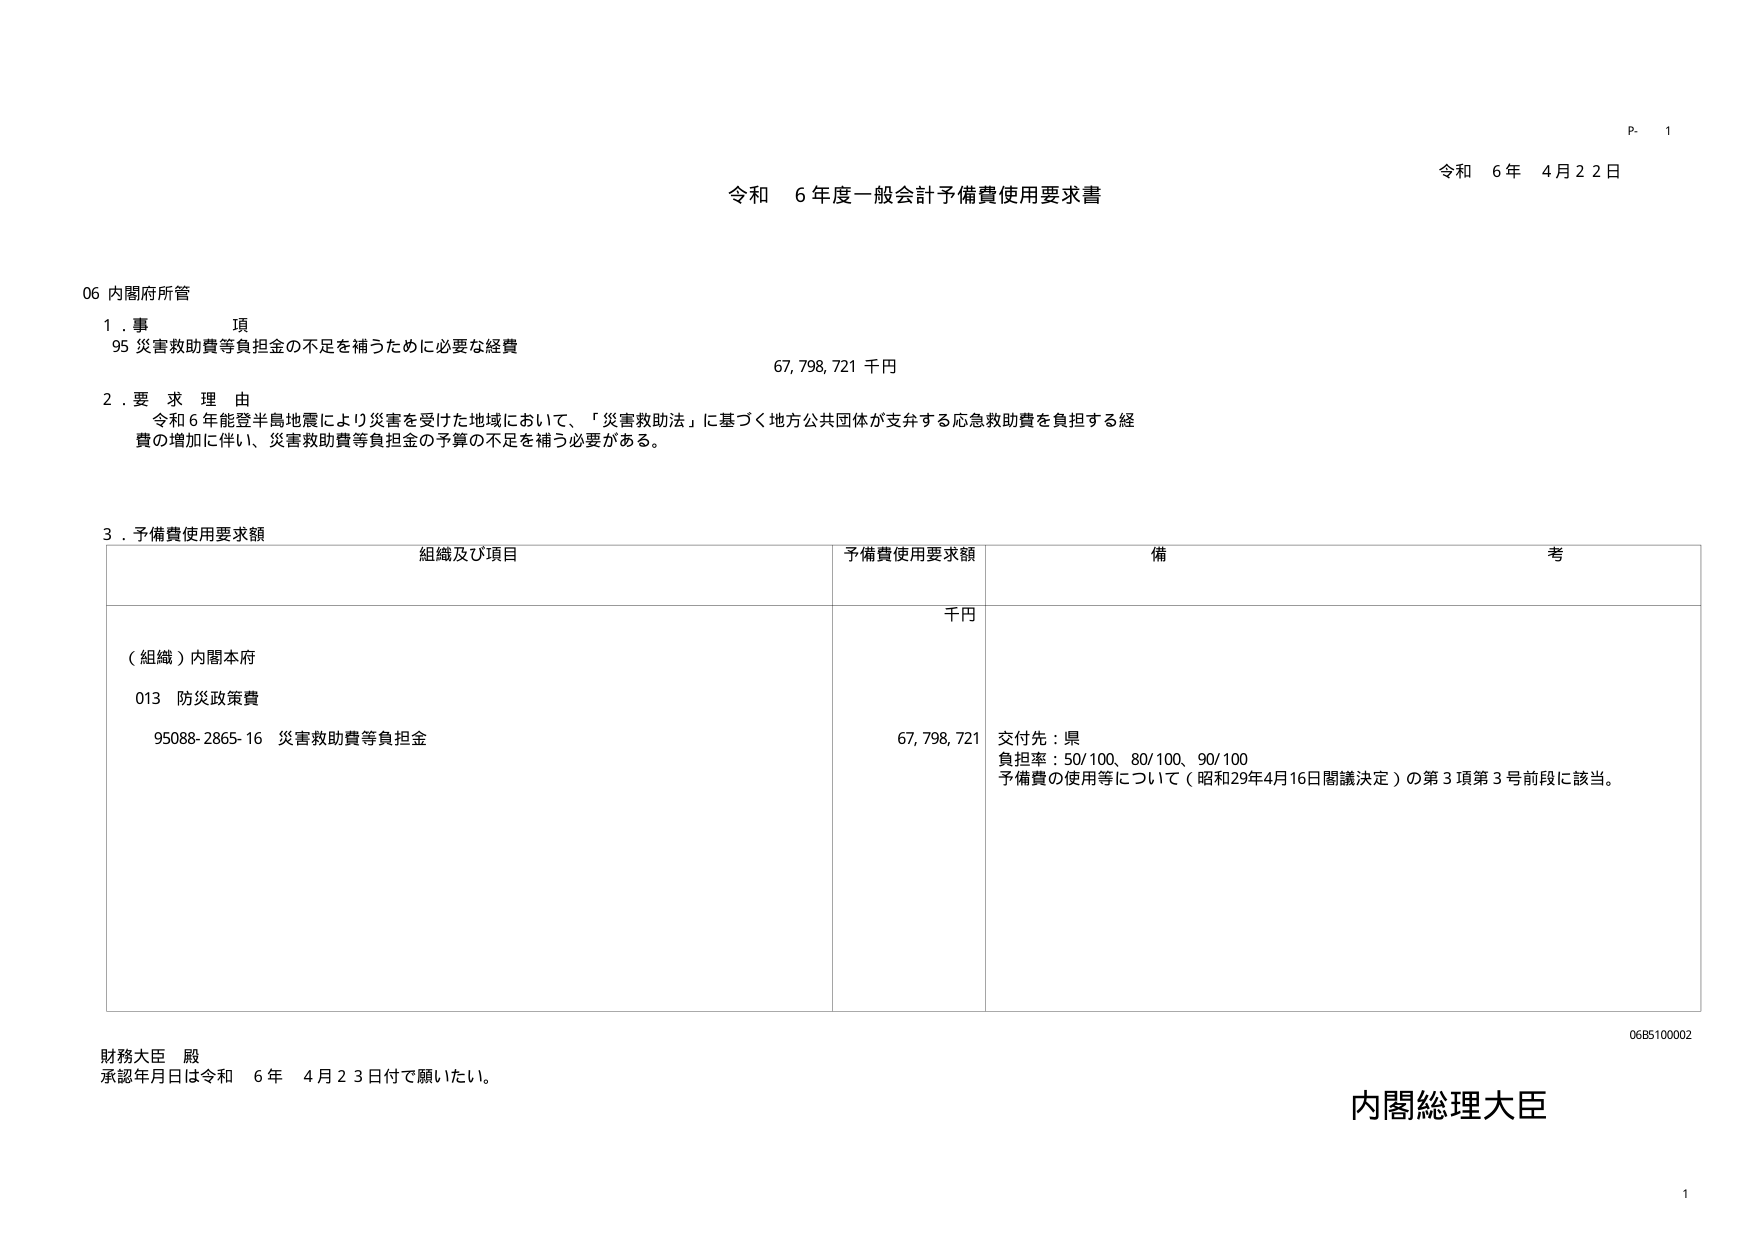
P. 1
令和 6年 4月22日

令和 6年度一般会計予備費使用要求書

06 内閣府所管

1. 事 項
95 災害救助費等負担金の不足を補うために必要な経費
67,798,721 千円

2. 要求理由
令和6年能登半島地震により災害を受けた地域において、「災害救助法」に基づく地方公共団体が支弁する応急救助費を負担する経費の増加に伴い、災害救助費等負担金の予算の不足を補う必要がある。

3. 予備費使用要求額

| 組織及び項目 | 予備費使用要求額 | 備 考 |
|--------------|------------------|------|
| （組織）内閣本府 | 千円 | |
| 013 防災政策費 | | |
| 95088-2865-16 災害救助費等負担金 | 67,798,721 | 交付先：県<br>負担率：50/100、80/100、90/100<br>予備費の使用等について（昭和29年4月16日閣議決定）の第3項第3号前段に該当。 |

財務大臣 殿
承認年月日は令和 6年 4月23日付で願いたい。

内閣総理大臣

06B5100002
1